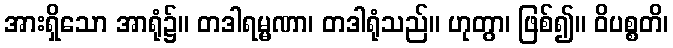
အားရှိသော အာရုံ၌။ တဒါရမ္မဏာ၊ တဒါရုံသည်။ ဟုတွာ၊ ဖြစ်၍။ ဝိပစ္စတိ၊